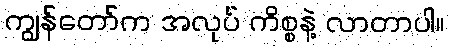
ကျွန်တော်က အလုပ် ကိစ္စနဲ့ လာတာပါ။